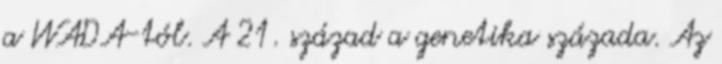
a WADA-tól. A 21. század a genetika százada. Az